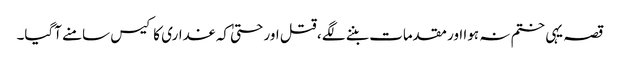
قصہ یہی ختم نہ ہوا اور مقدمات بننے لگے ، قتل اور حتیٰ کہ غداری کا کیس سامنے آگیا۔